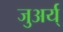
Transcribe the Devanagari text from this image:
जुअर्य्